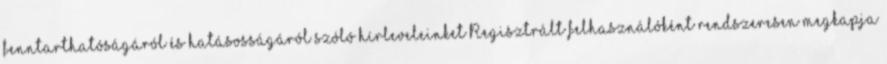
fenntarthatóságáról és hatásosságáról szóló hírleveleinket Regisztrált felhasználóként rendszeresen megkapja